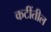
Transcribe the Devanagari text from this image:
कटींतील